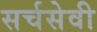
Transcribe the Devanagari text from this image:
सर्चसेवी